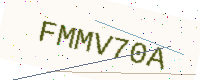
Text: FMMV70A